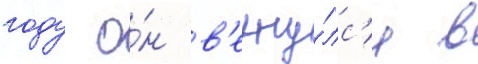
году о́н в'ерну́лс'я в